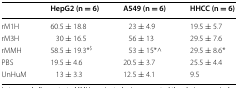
<table><thead><tr><td></td><td><b>HepG2 (n = 6)</b></td><td><b>A549 (n = 6)</b></td><td><b>HHCC (n = 6)</b></td></tr></thead><tbody><tr><td>rM1H</td><td>60.5 ± 18.8</td><td>23 ± 4.9</td><td>19.5 ± 5.7</td></tr><tr><td>rM3H</td><td>30 ± 16.5</td><td>56 ± 13</td><td>29.5 ± 7.6</td></tr><tr><td>rMMH</td><td>58.5 ± 19.3*<sup>$</sup></td><td>53 ± 15*^</td><td>29.5 ± 8.6*</td></tr><tr><td>PBS</td><td>19.5 ± 4.6</td><td>20.5 ± 3.7</td><td>25.5 ± 4.4</td></tr><tr><td>UnHuM</td><td>13 ± 3.3</td><td>12.5 ± 4.1</td><td>9.5</td></tr></tbody></table>